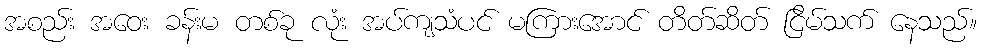
အစည်း အဝေး ခန်းမ တစ်ခု လုံး အပ်ကျသံပင် မကြားအောင် တိတ်ဆိတ် ငြိမ်သက် နေသည်။